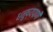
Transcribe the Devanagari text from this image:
धनुष्यपाणी